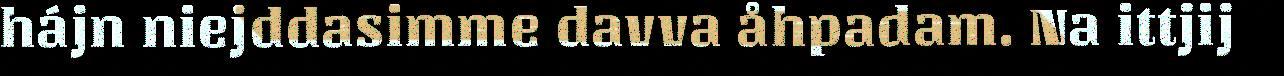
hájn niejddasimme davva åhpadam. Na ittjij